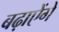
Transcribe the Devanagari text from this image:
बढ़ाऐेंगे